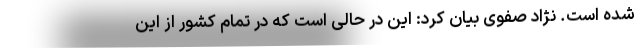
شده است. نژاد صفوی بیان کرد: این در حالی است که در تمام کشور از این